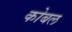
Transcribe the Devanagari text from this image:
कोबल